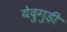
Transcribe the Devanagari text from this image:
येदुगुड़ी